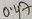
Text: 0.47